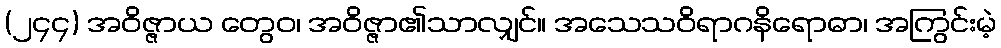
(၂၄၄) အဝိဇ္ဇာယ တွေဝ၊ အဝိဇ္ဇာ၏သာလျှင်။ အသေသဝိရာဂနိရောဓာ၊ အကြွင်းမဲ့